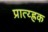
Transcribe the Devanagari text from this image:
प्रात्य्ह्रक